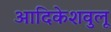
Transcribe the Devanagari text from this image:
आदिकेशवुलू